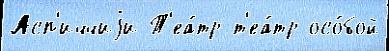
Асп'иччиjи Т'еа́тр т'еа́тр осо́бой